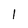
Character: 1